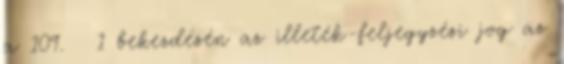
a 109. § 1 bekezdésén az illeték-feljegyzési jog az